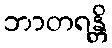
ဘာတရန္တိ